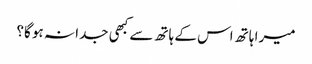
میرا ہاتھ اس کے ہاتھ سے کبھی جدا نہ ہو گا؟